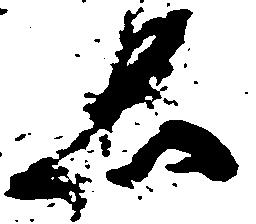
ゑ